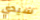
سيدي